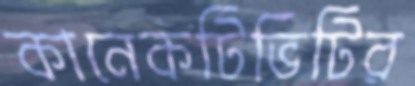
কানেকটিভিটির